Civil Veterinary Department Bihar reports 1940-50 - 1940-1950
Year: 1940
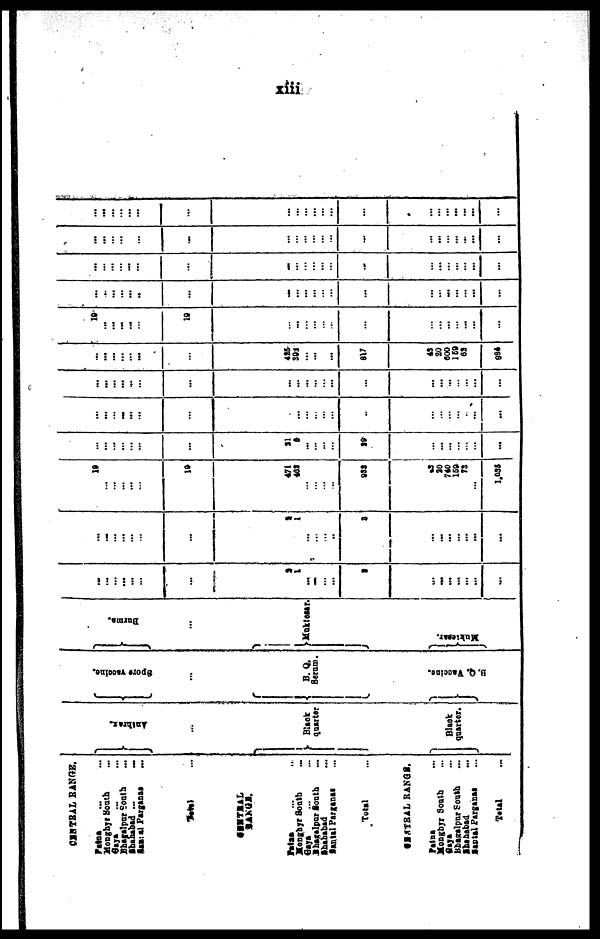
xiii
CENTRAL RANGE.
Patna … …
Monghyr South …
Gaya … …
Bhagalpur South …
Shahabad ... …
Santal Parganas …
Total …
CENTRAL RANGE.
RANGE.
Patna … …
Monghyr South …
Gaya … …
Bhagalpur South …
Shahabad …
Santal Parganas …
Total …
CENTRAL RANGE.
Patna …
Monghyr South …
Gaya …
Bhagalpur South …
Shahabad …
Santal Parganas …
Total …
Anthrax.
…
Black
quarter
Black
quarter.
Spore vaccine.
…
B. Q.
Serum.
B. Q. Vaccine.
Burma.
…
Muktesar.
Muktesar.
…
…
…
…
…
…
2
1
...
…
...
...
2
…
…
...
...
...
…
...
…
...
...
…
…
2
1
… …
…
…
2
…
…
… ...
...
...
…
19
…
…
...
…
19
471
468
...
…
… …
933
23
30
740
169
73
…
1,035
…
…
...
…
…
…
21
6
...
…
…
...
29
…
…
…
…
…
…
...
…
...
… …
...
…
…
…
…
…
…
…
…
…
…
…
…
…
…
…
...
...
...
...
…
…
…
…
...
…
…
…
…
…
…
...
…
…
…
…
...
...
…
…
...
…
426
392
…
…
…
…
817
43
20
600
159
…
…
894
19
...
...
…
…
19
…
…
…
…
…
…
…
…
…
…
...
…
…
...
…
...
...
..
...
…
…
...
...
…
…
...
…
…
…
...
...
…
...
…
…
...
…
…
…
…
…
…
…
…
...
…
…
…
...
...
…
...
...
...
…
…
…
…
…
…
…
…
…
…
…
...
...
…
…
…
...
...
...
...
...
...
…
...
…
…
…
…
…
…
...
...
...
...
...
…
...
…